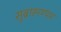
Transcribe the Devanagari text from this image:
सुब्राह्मण्यम